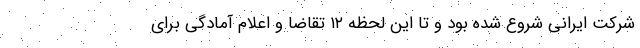
شرکت ایرانی شروع شده بود و تا این لحظه ۱۲ تقاضا و اعلام آمادگی برای